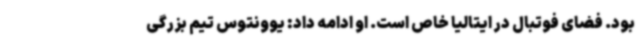
بود. فضای فوتبال در ایتالیا خاص است. او ادامه داد: یوونتوس تیم بزرگی